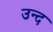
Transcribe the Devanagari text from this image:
उन्द